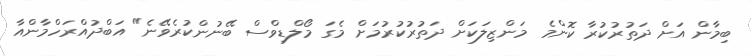
ބިމާން އަށް ދަތުރުކުރާ ކޮންމެ މަންޒިލަކަށް ދަތުރުކުރުމަށް މެގަ މޯލްޑިވްސް ބޭނުންކުރެވޭނެ" އަބްދުއްރަހްމާންއާ